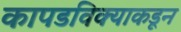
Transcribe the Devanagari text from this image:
कापडविक्याकडून